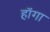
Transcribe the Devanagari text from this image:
हॉगा